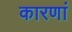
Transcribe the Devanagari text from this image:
कारणां